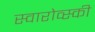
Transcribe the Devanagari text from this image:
स्वारोव्स्की